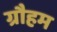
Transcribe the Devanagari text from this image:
ग्रौहम